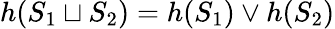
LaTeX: \begin{array}{r}{h(S_{1}\sqcup S_{2})=h(S_{1})\vee h(S_{2})}\end{array}